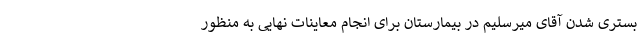
بستری شدن آقای میرسلیم در بیمارستان برای انجام معاینات نهایی به منظور